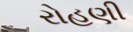
રોહણી